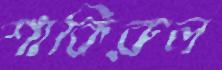
শাকিরুল